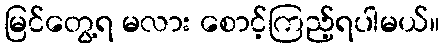
မြင်တွေ့ရ မလား စောင့်ကြည့်ရပါမယ်။